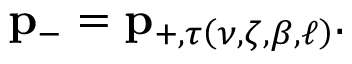
\mathbf { p } _ { - } = \mathbf { p } _ { + , \tau \left( \nu , \zeta , \beta , \ell \right) } .